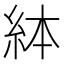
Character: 絊